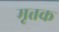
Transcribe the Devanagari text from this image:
मृत्तक